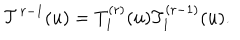
{ \cal T } ^ { r - 1 } ( u ) = T _ { 1 } ^ { ( r ) } ( u ) T _ { 1 } ^ { ( r - 1 ) } ( u ) .